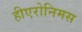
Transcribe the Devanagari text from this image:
हीएरोनिमस